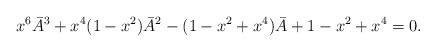
\begin{align*}x^6\bar{A}^3 + x^4(1-x^2)\bar{A}^2 -(1-x^2+x^4)\bar{A} + 1-x^2+x^4 =0.\end{align*}